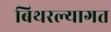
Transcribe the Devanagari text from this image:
बिथरल्यागत